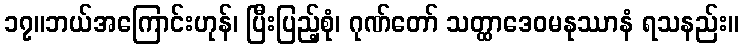
၁၇။ဘယ်အကြောင်းဟုန်၊ ပြီးပြည့်စုံ၊ ဂုဏ်တော် သတ္ထာဒေဝမနုဿာနံ ရသနည်း။